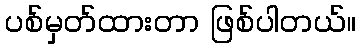
ပစ်မှတ်ထားတာ ဖြစ်ပါတယ်။